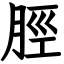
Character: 脛